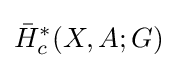
{\bar {H}}_{c}^{*}(X,A;G)